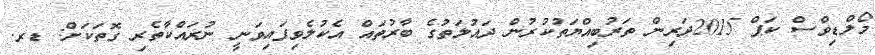
މޯލްޑިވްސް ކަޕް 2015ދަރިން ތަރުބިއްޔަތުކުރުން ދައުލަތުގެ ބާރުތައް އެކުލެވިފައިވަނީ ނުރައްކާތެރި ގޮތަކަށް: ޑރ.